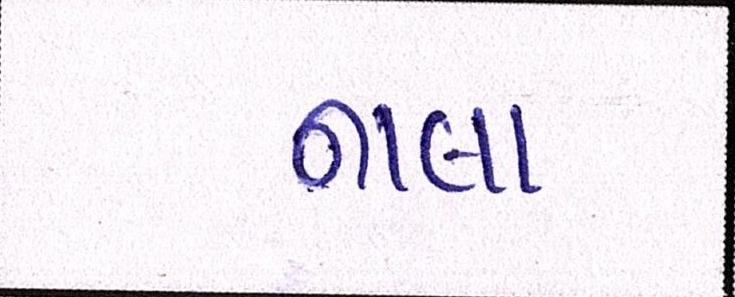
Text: નાલા